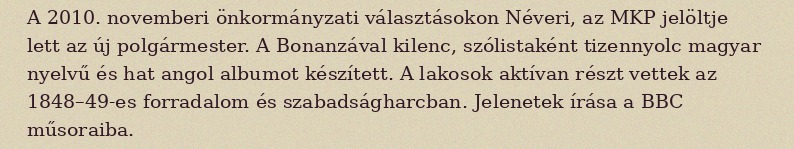
A 2010. novemberi önkormányzati választásokon Néveri, az MKP jelöltje lett az új polgármester. A Bonanzával kilenc, szólistaként tizennyolc magyar nyelvű és hat angol albumot készített. A lakosok aktívan részt vettek az 1848–49-es forradalom és szabadságharcban. Jelenetek írása a BBC műsoraiba.